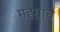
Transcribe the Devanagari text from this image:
महंतांचे